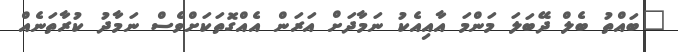
"ބައްތު ބެލް ދޭބަލަ މަންމަ އާއިއެކު ނަމާދަށް އަރަން އެއްގޮތަކަށްވެސް ނަމާދު ކުރާތަނެއް